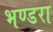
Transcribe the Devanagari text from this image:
भण्डरा